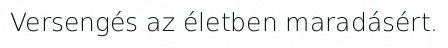
Versengés az életben maradásért.